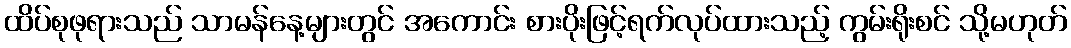
ထိပ်စုဖုရားသည် သာမန်နေ့များတွင် အကောင်း စားပိုးဖြင့်ရက်လုပ်ထားသည့် ကွမ်းရိုးစင် သို့မဟုတ်